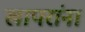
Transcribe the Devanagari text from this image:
खापरांना